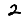
Digit: 2